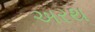
અરથ